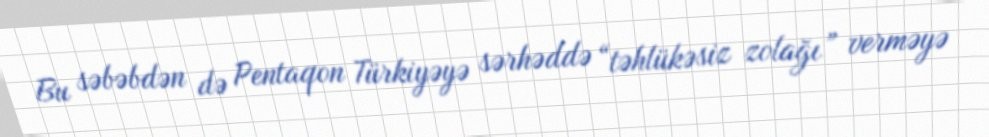
Bu səbəbdən də Pentaqon Türkiyəyə sərhəddə “təhlükəsiz zolağı” verməyə